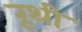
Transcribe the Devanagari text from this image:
रूथी